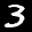
Label: 3